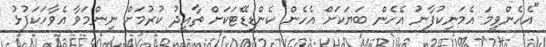
"އެހެންވީމަ އެމަނިކުފާނު އެހެން ބަޔަކަށް އެހެން ކެންޑިޑޭޓަކަށް ތާއީދު ކުރުމަށް ނިންމަވާ އެވާހަކަފުޅު